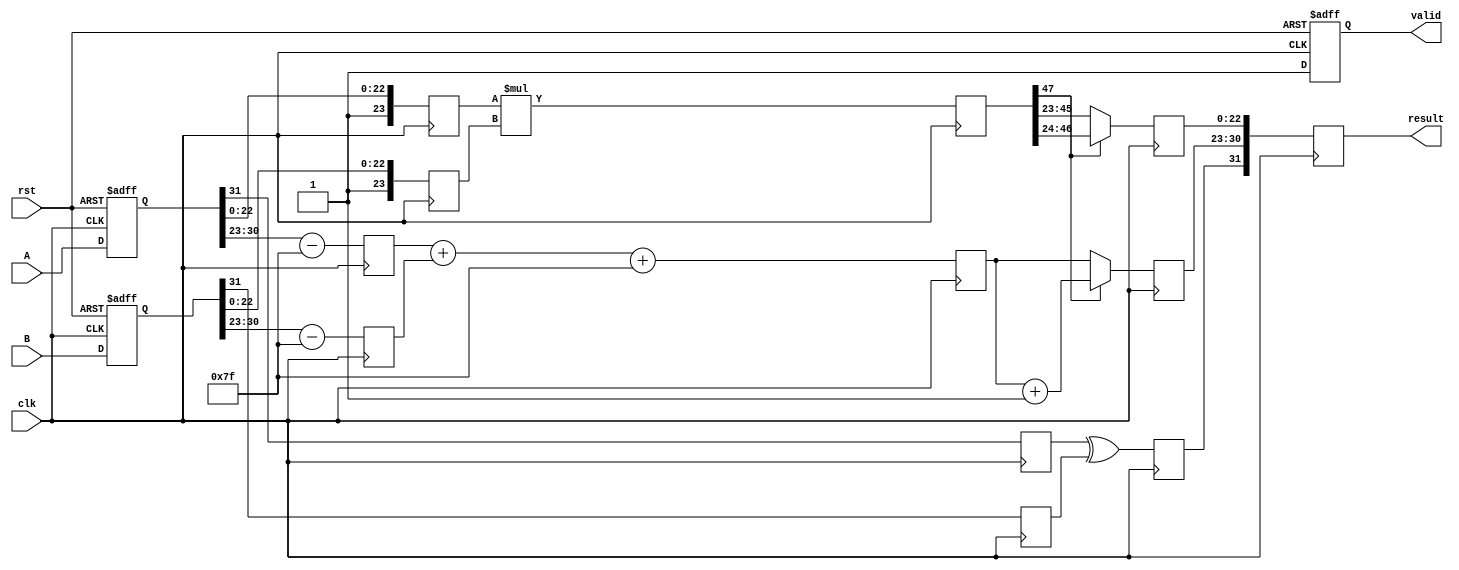
module pipelined_fp_multiplier(
    input clk,
    input rst,
    input [31:0] A,  // First floating-point number
    input [31:0] B,  // Second floating-point number
    output reg [31:0] result,  // Output floating-point product
    output reg valid  // Output valid signal
);

    // Stages of the pipeline
    reg [31:0] stage_1_a, stage_1_b;  // Decomposed inputs
    reg sign_a, sign_b, sign_result;
    reg [7:0] exp_a, exp_b, exp_result;
    reg [23:0] mant_a, mant_b, mant_result;

    reg [47:0] mant_mul;  // Result of mantissa multiplication
    reg [7:0] exp_temp;

    // Pipeline registers
    reg sign_reg;
    reg [7:0] exp_reg;
    reg [23:0] mant_reg;

    // Decomposition stage
    always @(posedge clk or posedge rst) begin
        if (rst) begin
            stage_1_a <= 0;
            stage_1_b <= 0;
            valid <= 0;
        end else begin
            stage_1_a <= A;
            stage_1_b <= B;
            valid <= 1;  // Indicate valid input
        end
    end

    // Sign and exponent calculation
    always @(posedge clk) begin
        sign_a <= stage_1_a[31];
        sign_b <= stage_1_b[31];

        exp_a <= stage_1_a[30:23] - 8'h7F;  // Remove bias
        exp_b <= stage_1_b[30:23] - 8'h7F;  // Remove bias

        mant_a <= {1'b1, stage_1_a[22:0]};  // Normalize mantissa
        mant_b <= {1'b1, stage_1_b[22:0]};  // Normalize mantissa

        // Calculate sign and temporary exponent
        sign_result <= sign_a ^ sign_b;
        exp_temp <= exp_a + exp_b + 8'h7F;  // Add bias back
    end

    // Mantissa multiplication
    always @(posedge clk) begin
        mant_mul <= mant_a * mant_b;  // Multiply mantissas
    end

    // Normalization and rounding
    always @(posedge clk) begin
        if (mant_mul[47]) begin
            mant_result <= mant_mul[46:24];  // Shift right by one
            exp_result <= exp_temp + 1;  // Increase exponent
        end else begin
            mant_result <= mant_mul[45:23];  // No shift
            exp_result <= exp_temp;
        end

        // Rounding could be added here if needed
    end

    // Final assembly
    always @(posedge clk) begin
        result <= {sign_result, exp_result[7:0], mant_result[22:0]};  // Assemble final result
    end

endmodule